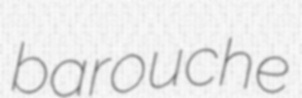
barouche